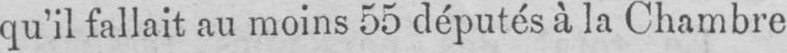
qu’il fallait au moins 55 députés à la Chambre